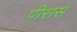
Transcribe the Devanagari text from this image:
पीसस